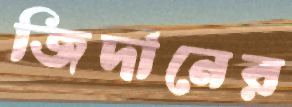
জিদানের